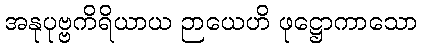
အနုပုဗ္ဗကိရိယာယ ဉာယေဟိ ဖုဋ္ဌောကာသော